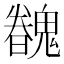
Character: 𩴏